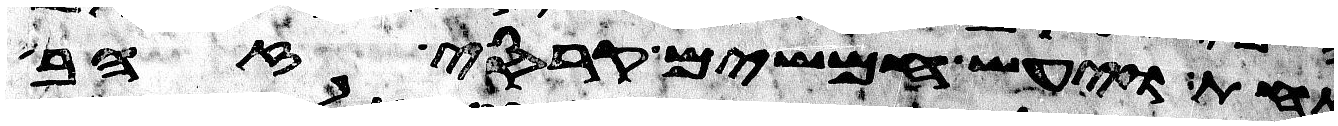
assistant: אחת ויעש חמשים קרסי זהב